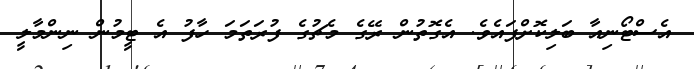
އެސްޓޯނިއާ ބަލިކޮށްފައެވެ. އެގޮތުން ރޭގެ މެޗުގެ ފުރަތަމަ ހާފު އެ ޓީމުން ނިންމާލީ